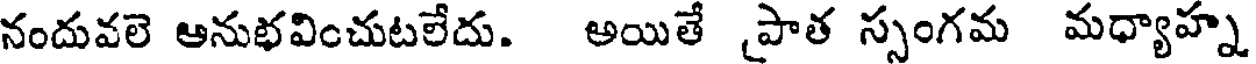
నందువలె ఆనుభవించుటలేదు. అయితే పాత స్సంగమ మధ్యాహ్న